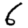
Digit: 6